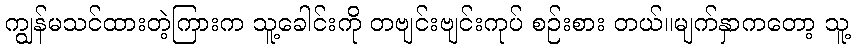
ကျွန်မသင်ထားတဲ့ကြားက သူ့ခေါင်းကို တဗျင်းဗျင်းကုပ် စဉ်းစား တယ်။မျက်နှာကတော့ သူ့